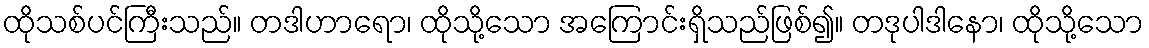
ထိုသစ်ပင်ကြီးသည်။ တဒါဟာရော၊ ထိုသို့သော အကြောင်းရှိသည်ဖြစ်၍။ တဒုပါဒါနော၊ ထိုသို့သော